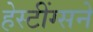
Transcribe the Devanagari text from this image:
हेस्टींग्सने